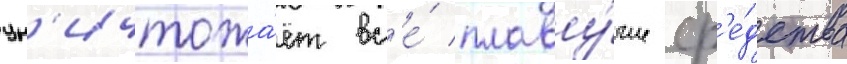
ун'ичтожа́ет вс'е́ плаву́чие ср'е́дства